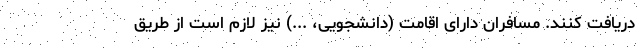
دریافت کنند. مسافران دارای اقامت (دانشجویی، ...) نیز لازم است از طریق